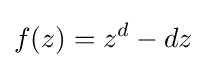
f(z)=z^{d}-dz